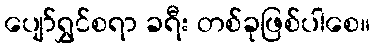
ပျော်ရွှင်စရာ ခရီး တစ်ခုဖြစ်ပါစေ။